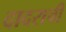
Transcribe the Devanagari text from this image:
दादराची